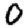
Digit: 0